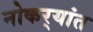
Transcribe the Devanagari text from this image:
नोकर्‍यांत